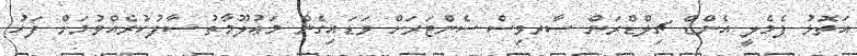
އަތޮޅު ފެމެލީ އެންޑް ޗިލްޑްރަން ސާރވިސް ސެންޓަރަށް ވަޑައިގެން މަޢުލޫމާތު ސާފުކުރެއްވުމަށް ފަހު